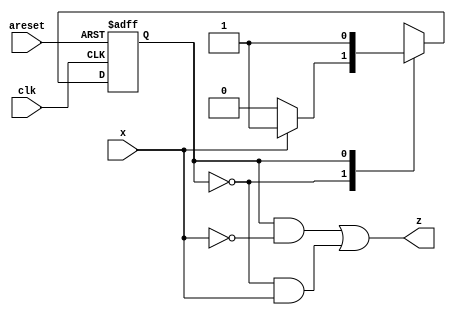
module top_module (
    input clk,
    input areset,
    input x,
    output z
); 
    
    parameter A=0,B=1;
    reg state,next;
    
    always@(*) begin
        case(state)
            A: next = x? B:A;
            B: next = B;
        endcase
    end
    
    always@(posedge clk, posedge areset) begin
        if(areset) state <= A;
        else state <= next;
    end
    
    assign z = (state==B&~x)|(state==A&x);

endmodule